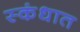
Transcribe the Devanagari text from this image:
स्कंधात